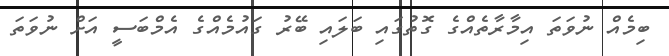
ބިމެއް ނުވަތަ އިމާރާތެއްގެ ގޮތުގައި ބަލައި ބޭރު ގައުމެއްގެ އެމްބަސީ އަށް ނުވަތަ